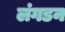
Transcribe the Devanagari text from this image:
लंगडन